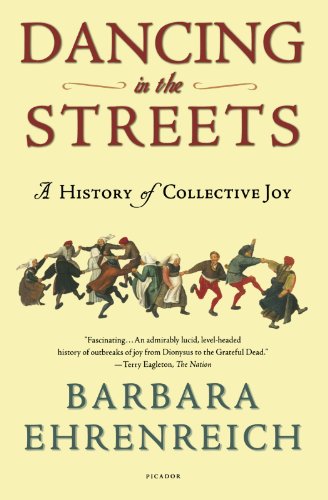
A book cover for Dancing in the Streets: A History of Collective Joy; Barbara Ehrenreich; Politics & Social Sciences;